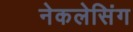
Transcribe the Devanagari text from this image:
नेकलेसिंग